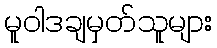
မူဝါဒချမှတ်သူများ